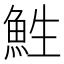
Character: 鮏